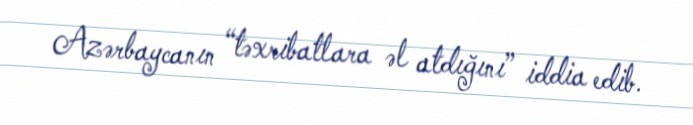
Azərbaycanın “təxribatlara əl atdığını” iddia edib.